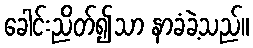
ခေါင်းညိတ်၍သာ နာခံခဲ့သည်။